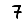
Digit: 7